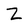
Character: Z